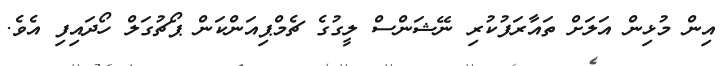
އިން މުޅިން އަލަށް ތައާރަފުކުރި ނޭޝަންސް ލީގުގެ ޗެމްޕިއަންކަން ޕޯޗުގަލް ހޯދައިފި އެވެ.